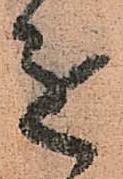
進